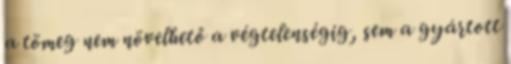
a tömeg nem növelhető a végtelenségig, sem a gyártott